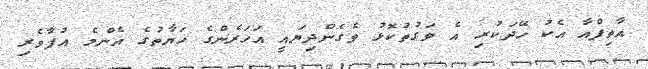
އާތިފްއާ އެކު ހޭދަކުރި އެ ވަގުތުކޮޅު ވެގެންދިޔައީ އަހަރެންގެ ހަޔާތުގެ އެންމެ އުފާވެރި